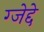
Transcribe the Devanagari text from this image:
ग्जेद्दे